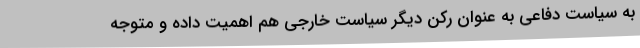
به سیاست دفاعی به عنوان رکن دیگر سیاست خارجی هم اهمیت داده و متوجه